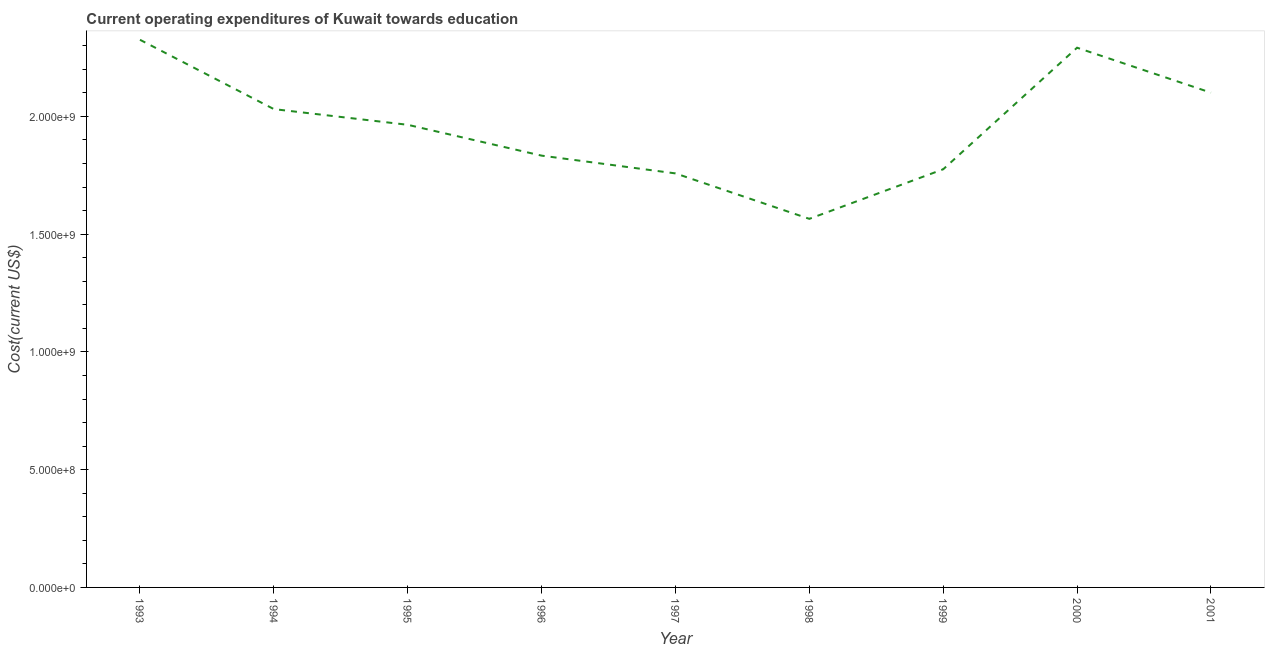
| Year | Education expenditure |
 | --- | --- |
 | 1993 | 2.33e+09 |
 | 1994 | 2.03e+09 |
 | 1995 | 1.96e+09 |
 | 1996 | 1.83e+09 |
 | 1997 | 1.76e+09 |
 | 1998 | 1.57e+09 |
 | 1999 | 1.78e+09 |
 | 2000 | 2.29e+09 |
 | 2001 | 2.1e+09 |